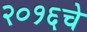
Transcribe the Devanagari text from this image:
२०१६चे